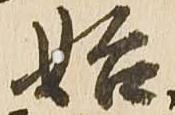
始